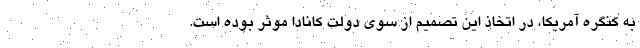
به کنگره آمریکا، در اتخاذ این تصمیم از سوی دولت کانادا موثر بوده است.